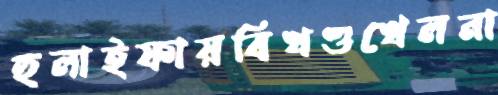
হুলাইফায়বিখণ্ডখেলনা